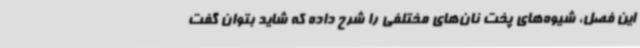
این فصل، شیوه‌های پخت نان‌های مختلفی را شرح داده که شاید بتوان گفت